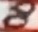
Text: 8